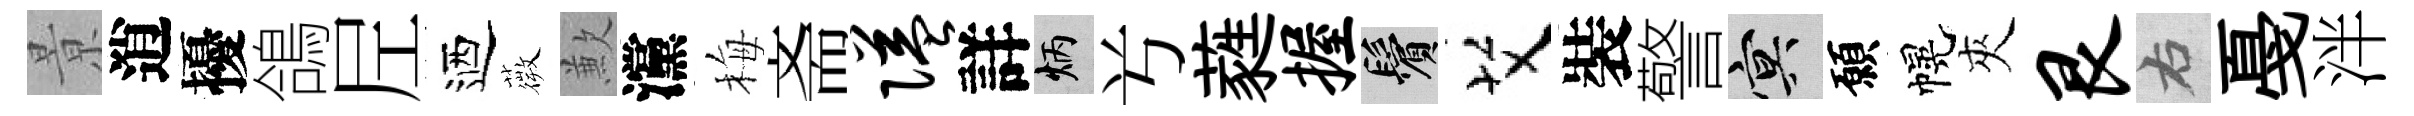
㬌逍擾鴿𡰱迺薇歉灙梅斋隘詳炳𠔃蕤握鬢艾裝警冥願幌夾艮右戞泮